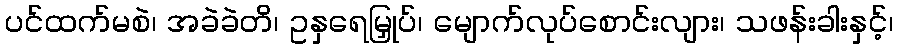
ပင်ထက်မစဲ၊ အခဲခဲတိ၊ ဥနှရေမြှုပ်၊ မျောက်လုပ်စောင်းလျား၊ သဖန်းခါးနှင့်၊